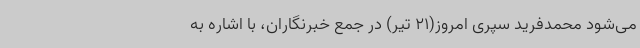
می‌شود محمدفرید سپری امروز(21 تیر) در جمع خبرنگاران، با اشاره به